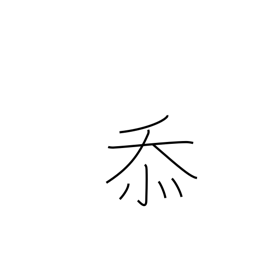
Meaning: grateful